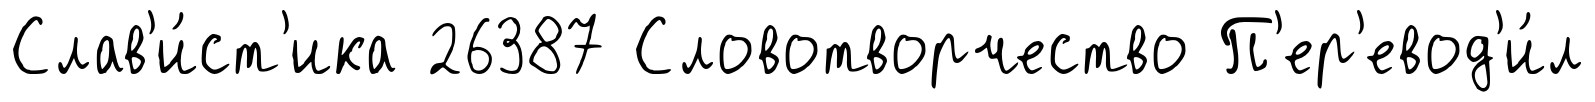
Слав'и́ст'ика 26387 Словотворчество П'ер'евод'и́л